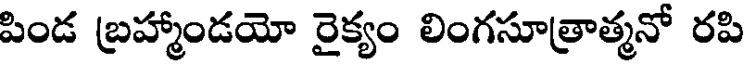
పిండ బ్రహ్మాండయో రైక్యం లింగసూత్రాత్మనో రపి